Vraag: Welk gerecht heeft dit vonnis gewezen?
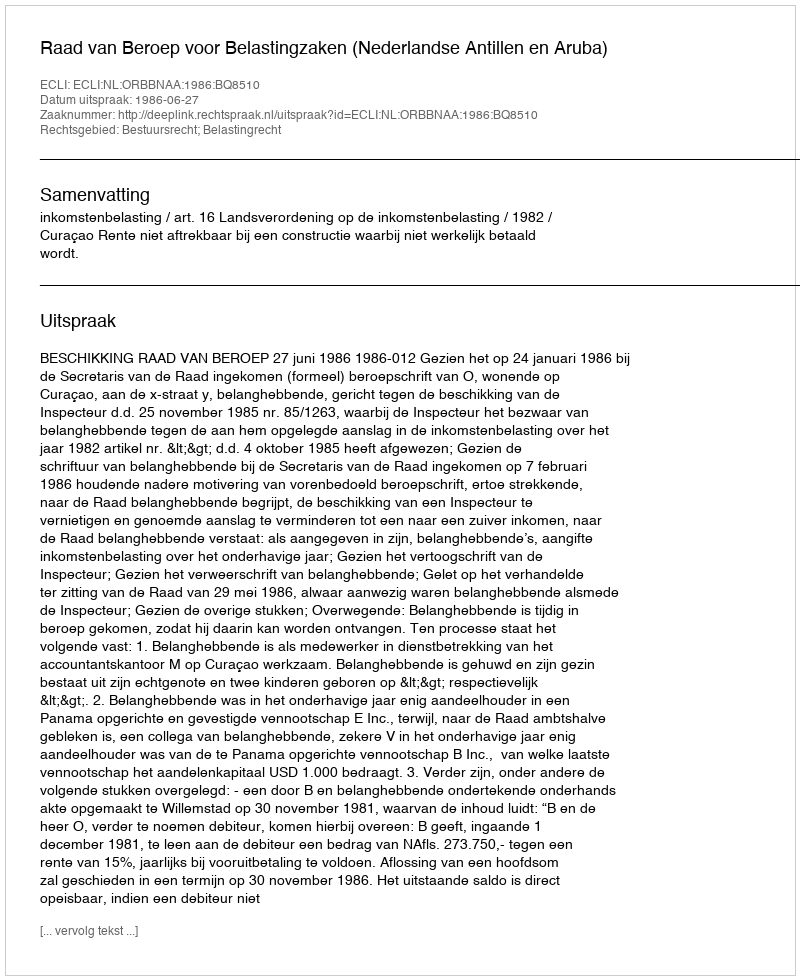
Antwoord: Raad van Beroep voor Belastingzaken (Nederlandse Antillen en Aruba)